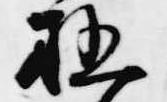
極